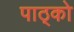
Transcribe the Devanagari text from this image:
पाठ्को